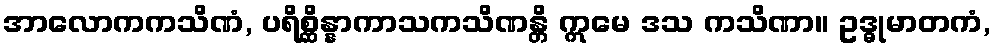
အာလောကကသိဏံ, ပရိစ္ဆိန္နာကာသကသိဏန္တိ ဣမေ ဒသ ကသိဏာ။ ဥဒ္ဓုမာတကံ,